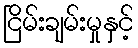
ငြိမ်းချမ်းမှုနှင့်